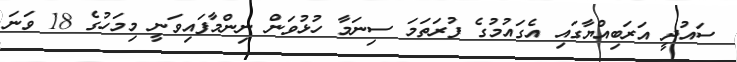
ސައުދީ އަރަބިއްޔާގައި އެގައުމުގެ ފުރަތަމަ ސިނަމާ ހުޅުވަން ނިންމާފައިވަނީ މިމަހުގެ 18 ވަނަ